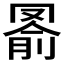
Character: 𦋢